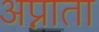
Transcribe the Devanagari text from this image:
अप्नाता